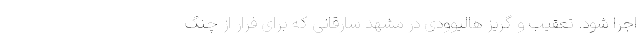
اجرا شود. تعقیب و گریز هالیوودی در مشهد سارقانی که برای فرار از چنگ